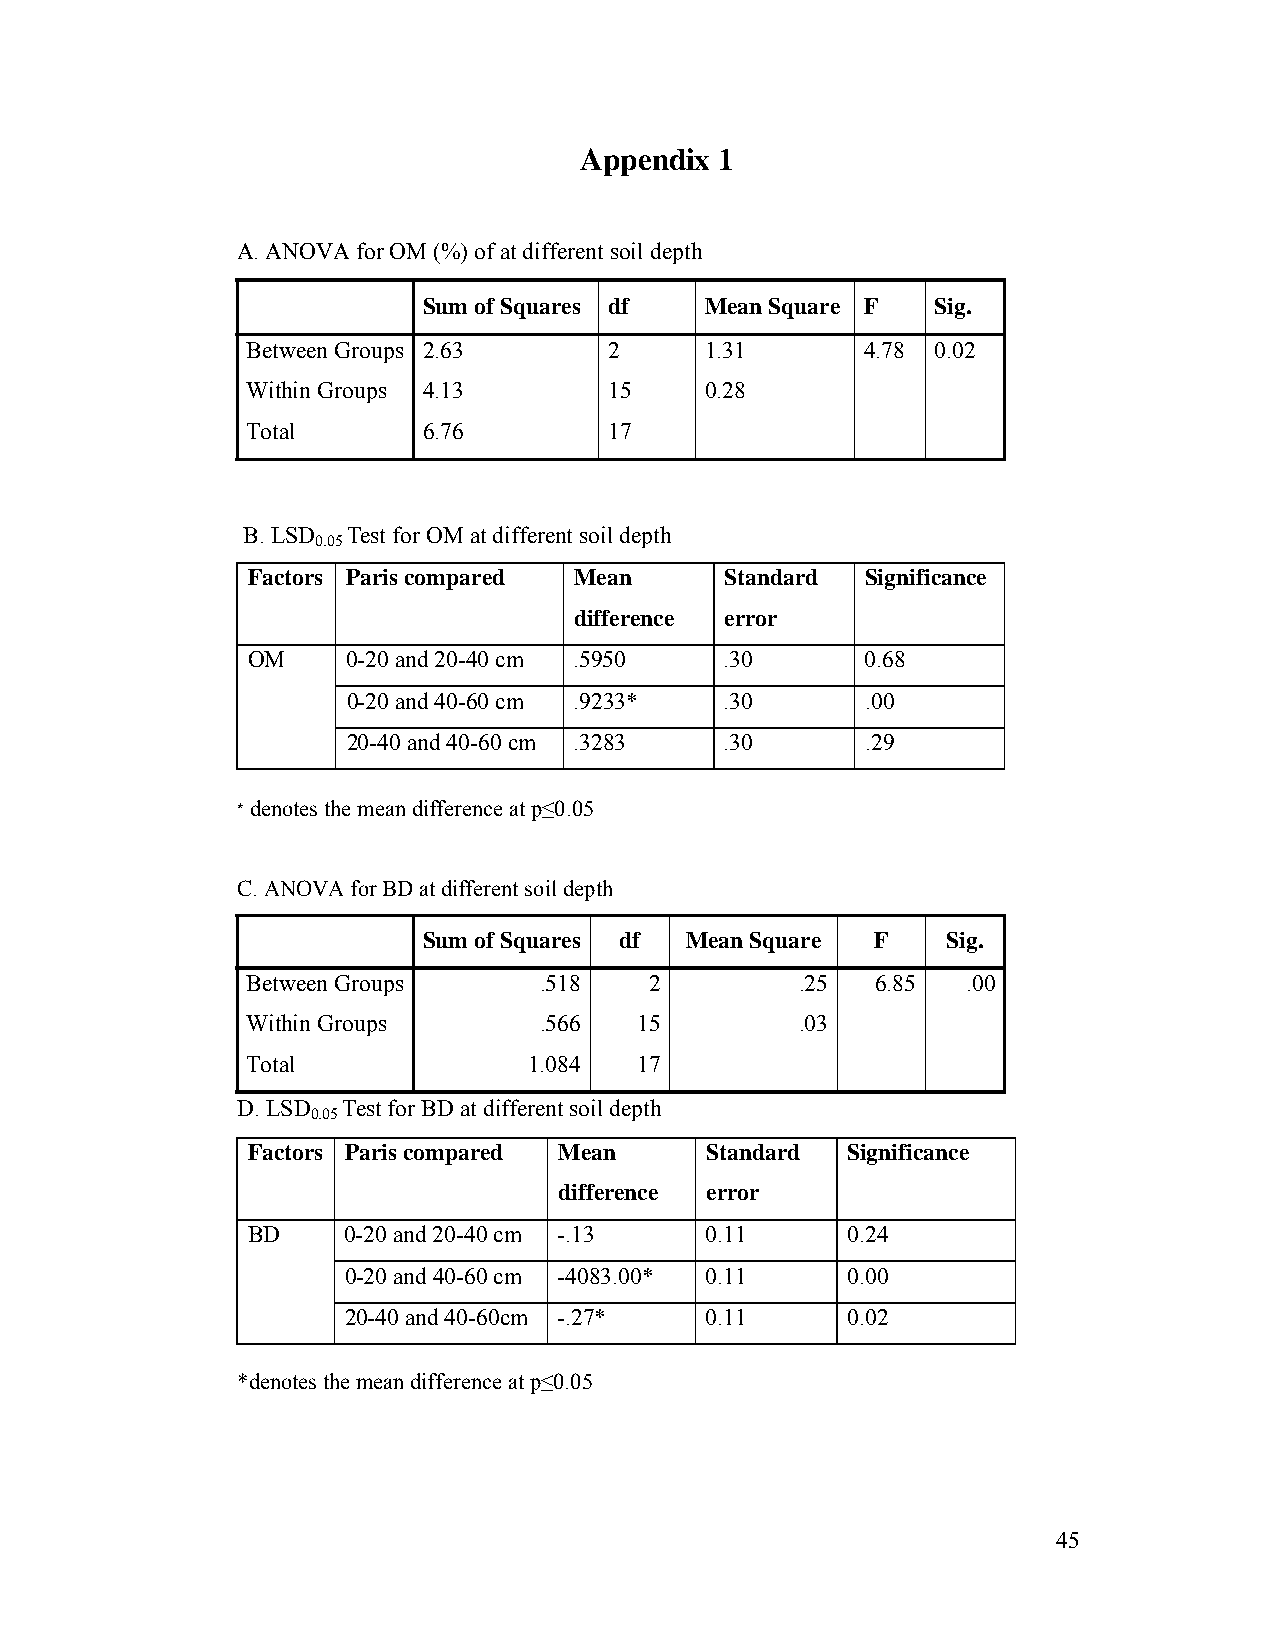
Appendix  1
 A. ANOVA for OM (%) of at different soil depth
 Sum of Squares df  Mean Square F  Sig.
 Between Groups 2.63     2      1.31      4.78 0.02
 Within Groups 4.13      15     0.28
 Total       6.76        17
 B. LSD Test for OM at different soil depth
 0.05
 Factors Paris compared Mean     Standard Significance
 difference error
 OM     0-20 and 20-40 cm .5950  .30      0.68
 0-20 and 40-60 cm .9233* .30      .00
 20-40 and 40-60 cm .3283 .30      .29
 * denotes the mean difference at p≤0.05
 C. ANOVA for BD at different soil depth
 Sum of Squares df Mean Square F    Sig.
 Between Groups      .518   2         .25  6.85  .00
 Within Groups       .566  15         .03
 Total              1.084  17
 D. LSD Test for BD at different soil depth
 0.05
 Factors Paris compared Mean    Standard Significance
 difference error
 BD     0-20 and 20-40 cm -.13  0.11     0.24
 0-20 and 40-60 cm -4083.00* 0.11 0.00
 20-40 and 40-60cm -.27* 0.11     0.02
 *denotes the mean difference at p≤0.05
 45